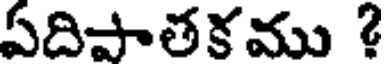
ఏదిపాతకము ?